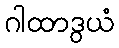
ဂါထာဒွယံ